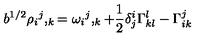
b ^ { 1 / 2 } { \rho _ { i } } ^ { j } , _ { k } = { \omega _ { i } } ^ { j } , _ { k } + { \frac { 1 } { 2 } } \delta _ { j } ^ { i } \Gamma _ { k l } ^ { l } - \Gamma _ { i k } ^ { j }